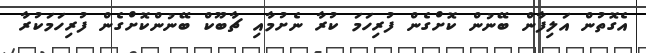
އެގޮތުން އަލިފާން ބޭނުން ކޮށްގެން ފުރިހަމަ ކުރާ ނެށުމާއި ޗާބޫކް ބޭނުންކޮށްގެން ފުރިހަމަކުރާ